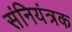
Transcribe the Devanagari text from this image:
संनियंत्रक